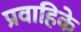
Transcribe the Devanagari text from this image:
प्रवाहिके